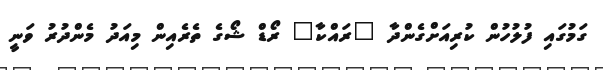
ގަމުގައި ފުލުހުން ކުރިއަށްގެންދާ "ރައްކާ" ރޯޑް ޝޯގެ ތެރެއިން މިއަދު މެންދުރު ވަނީ